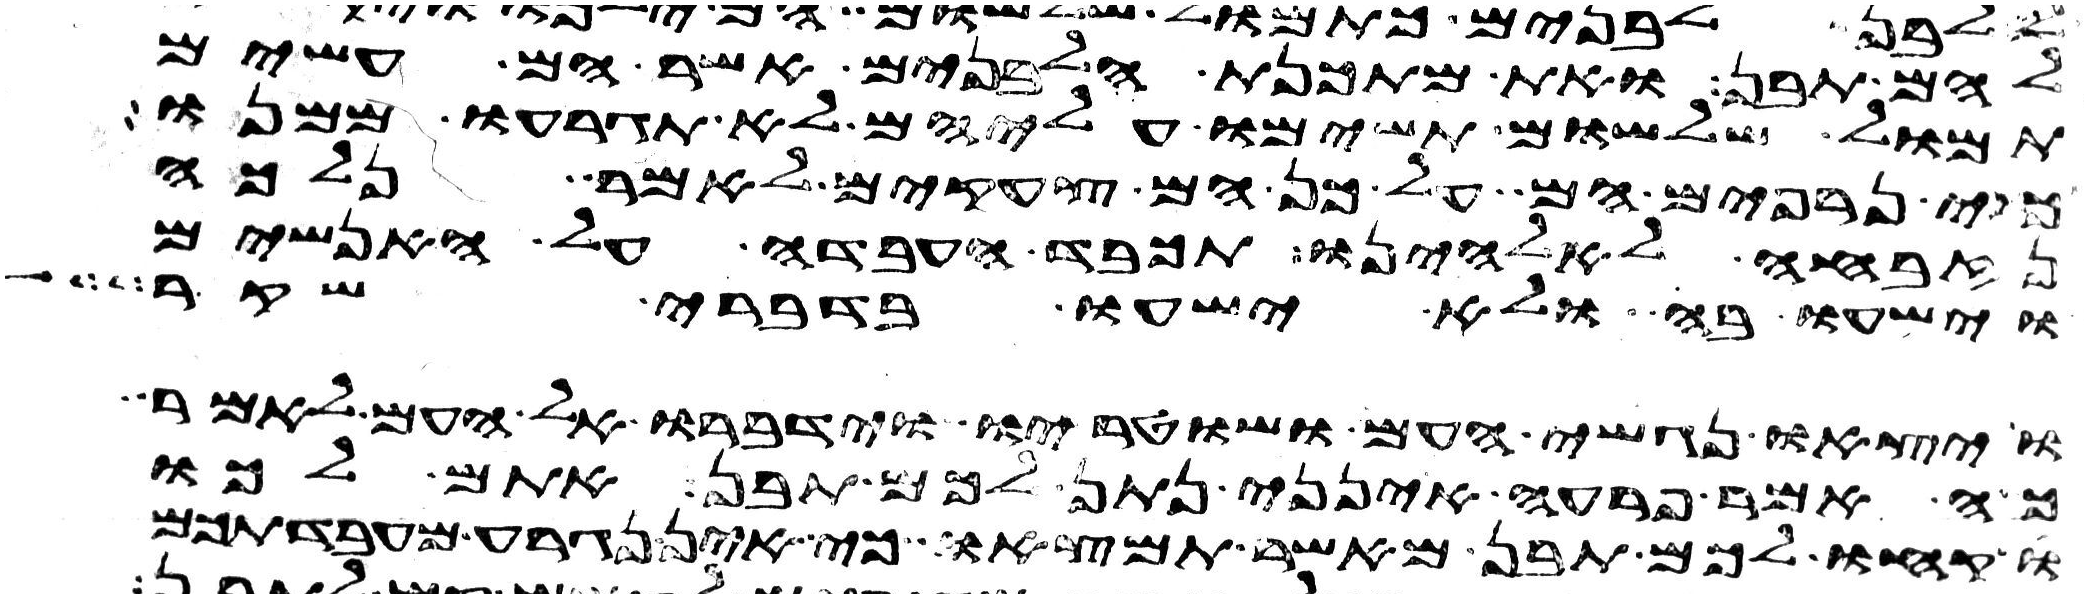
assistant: להם תבן ואת מתכנת הלבנים אשר הם עשים
תמול שלשום תשימו עליהם לא תגרעו ממנו
כי נרפים הם על כן הם צעקים לאמר נלכה
נזבחה לאלהינו תכבד העבדה על האנשים
וישעו בה ולא ישעו בדברי שקר
ויצאו נגשי העם ושוטריו וידברו אל העם לאמר
כה אמר פרעה אינני נתן לכם תבן אתם לכו
קחו לכם תבן מאשר תמצאו כי אין נגרע מעבדתכם